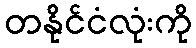
တနိုင်ငံလုံးကို